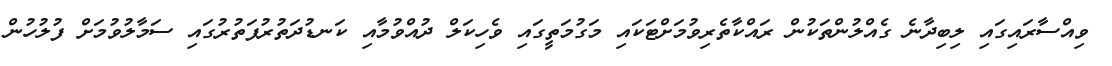
ވިއްސާރައިގައި ލިބިދާނެ ގެއްލުންތަކުން ރައްކާތެރިވުމަށްޓަކައި މަގުމަތީގައި ވެހިކަލް ދުއްވުމާއި ކަނޑުދަތުރުފަތުރުގައި ސަމާލުވުމަށް ފުލުހުން